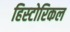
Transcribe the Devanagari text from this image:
हिस्‍टोरिकल